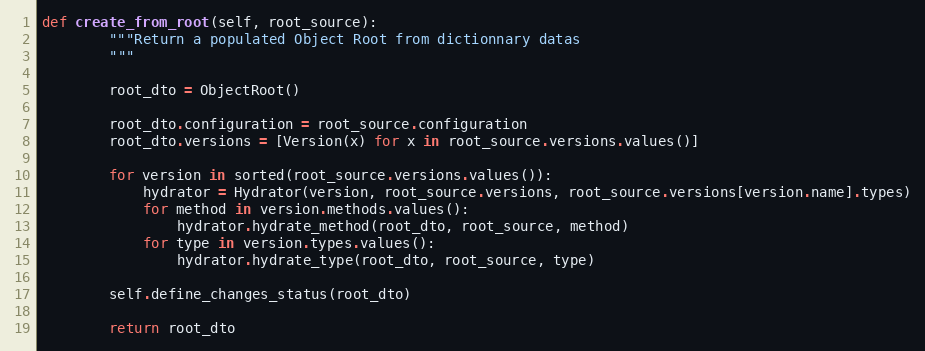
Language: Python
def create_from_root(self, root_source):
        """Return a populated Object Root from dictionnary datas
        """

        root_dto = ObjectRoot()

        root_dto.configuration = root_source.configuration
        root_dto.versions = [Version(x) for x in root_source.versions.values()]

        for version in sorted(root_source.versions.values()):
            hydrator = Hydrator(version, root_source.versions, root_source.versions[version.name].types)
            for method in version.methods.values():
                hydrator.hydrate_method(root_dto, root_source, method)
            for type in version.types.values():
                hydrator.hydrate_type(root_dto, root_source, type)

        self.define_changes_status(root_dto)

        return root_dto